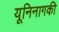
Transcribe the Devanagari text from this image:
यूनिनागकी